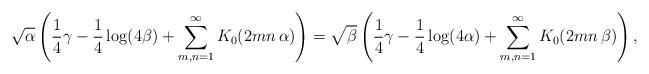
LaTeX: \begin{align*}\sqrt{\alpha}\left(\frac{1}{4}\gamma-\frac{1}{4}\log(4\beta)+\sum_{m,n=1}^{\infty}K_{0}(2mn\,\alpha)\right)=\sqrt{\beta}\left(\frac{1}{4}\gamma-\frac{1}{4}\log(4\alpha)+\sum_{m,n=1}^{\infty}K_{0}(2mn\,\beta)\right),\end{align*}